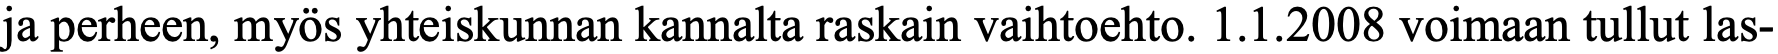
ja perheen, myös yhteiskunnan kannalta raskain vaihtoehto. 1.1.2008 voimaan tullut las-